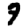
Digit: 7